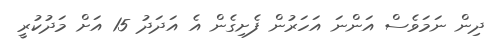
ދިން ނަމަވެސް އަންނަ އަހަރުން ފެށިގެން އެ އަދަދު 15 އަށް މަދުކުރީ